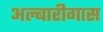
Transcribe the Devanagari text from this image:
अल्बारीगास